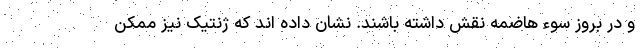
و در بروز سوء هاضمه نقش داشته باشند. نشان داده اند که ژنتیک نیز ممکن